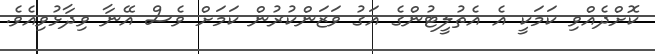
ކޮށްދެއްވި ކަމަކީ އެ އެތުލީޓުންގެ އަގު ވަޒަންކުރުން ކަމަށް ވެސް އޭނާ ވިދާޅުވިއެވެ.